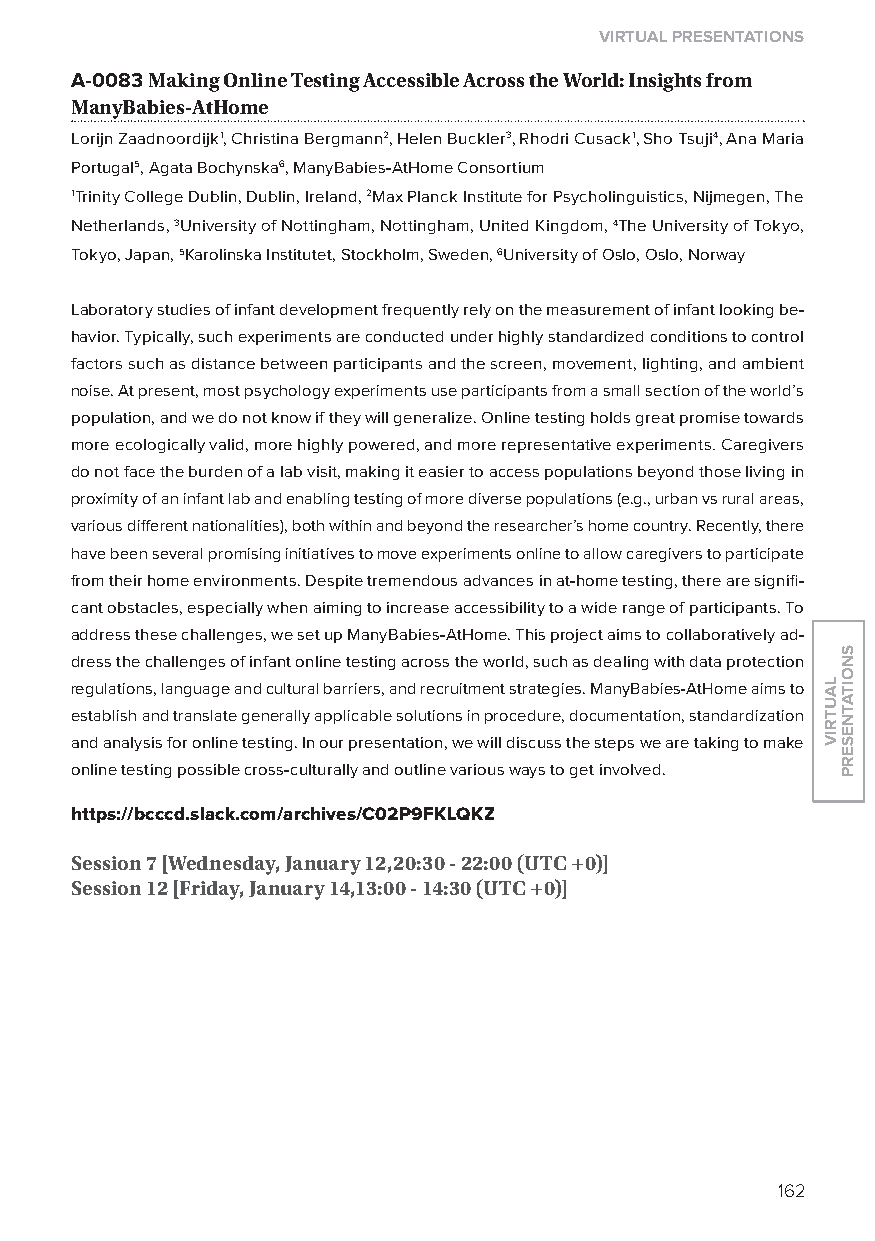
virtual presentations
 A-0083 making Online testing accessible across the World: insights from
 manyBabies-athome
 lorijn Zaadnoordijk1, Christina Bergmann2, Helen Buckler3, Rhodri Cusack1, Sho Tsuji4, Ana Maria
 Portugal5, Agata Bochynska6, ManyBabies-AtHome Consortium
 1Trinity College Dublin, Dublin, Ireland, 2Max Planck Institute for Psycholinguistics, Nijmegen, The
 Netherlands, 3University of Nottingham, Nottingham, United Kingdom, 4The University of Tokyo,
 Tokyo, Japan, 5Karolinska Institutet, Stockholm, Sweden, 6University of oslo, oslo, Norway
 laboratory studies of infant development frequently rely on the measurement of infant looking be-
 havior. Typically, such experiments are conducted under highly standardized conditions to control
 factors such as distance between participants and the screen, movement, lighting, and ambient
 noise. At present, most psychology experiments use participants from a small section of the world’s
 population, and we do not know if they will generalize. online testing holds great promise towards
 more ecologically valid, more highly powered, and more representative experiments. Caregivers
 do not face the burden of a lab visit, making it easier to access populations beyond those living in
 proximity of an infant lab and enabling testing of more diverse populations (e.g., urban vs rural areas,
 various different nationalities), both within and beyond the researcher’s home country. Recently, there
 have been several promising initiatives to move experiments online to allow caregivers to participate
 from their home environments. Despite tremendous advances in at-home testing, there are signifi-
 cant obstacles, especially when aiming to increase accessibility to a wide range of participants. To
 address these challenges, we set up ManyBabies-AtHome. This project aims to collaboratively ad-
 dress the challenges of infant online testing across the world, such as dealing with data protection
 regulations, language and cultural barriers, and recruitment strategies. ManyBabies-AtHome aims to
 establish and translate generally applicable solutions in procedure, documentation, standardization
 and analysis for online testing. In our presentation, we will discuss the steps we are taking to make
 online testing possible cross-culturally and outline various ways to get involved.
 https://bcccd.slack.com/archives/C02p9FklQkZ
 session 7 [Wednesday, January 12,20:30 - 22:00 (utC +0)]
 session 12 [friday, January 14,13:00 - 14:30 (utC +0)]
 162
 lautriv
 snoitatneserp